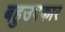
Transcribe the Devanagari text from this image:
बहुउपकार